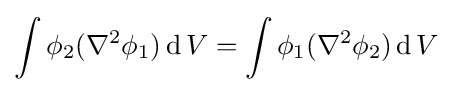
\int \phi _{2}(\nabla ^{2}\phi _{1})\operatorname {d} V=\int \phi _{1}(\nabla ^{2}\phi _{2})\operatorname {d} V\